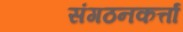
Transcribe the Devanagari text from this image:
संगठनकर्त्ता